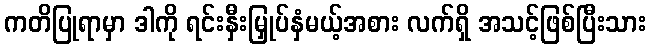
ကတိပြုရာမှာ ဒါကို ရင်းနှီးမြှုပ်နှံမယ့်အစား လက်ရှိ အသင့်ဖြစ်ပြီးသား